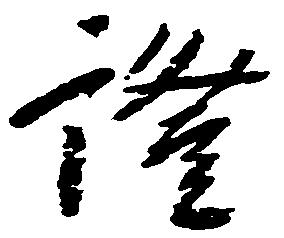
証